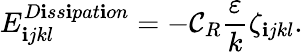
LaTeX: E_{\mathbf{i}jkl}^{D\mathbf{i}ss\mathbf{i}pat\mathbf{i}on}=-\mathcal{C}_{R}\frac{{\varepsilon}}{{k}}\zeta_{\mathbf{i}jkl}.